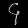
Digit: ၄